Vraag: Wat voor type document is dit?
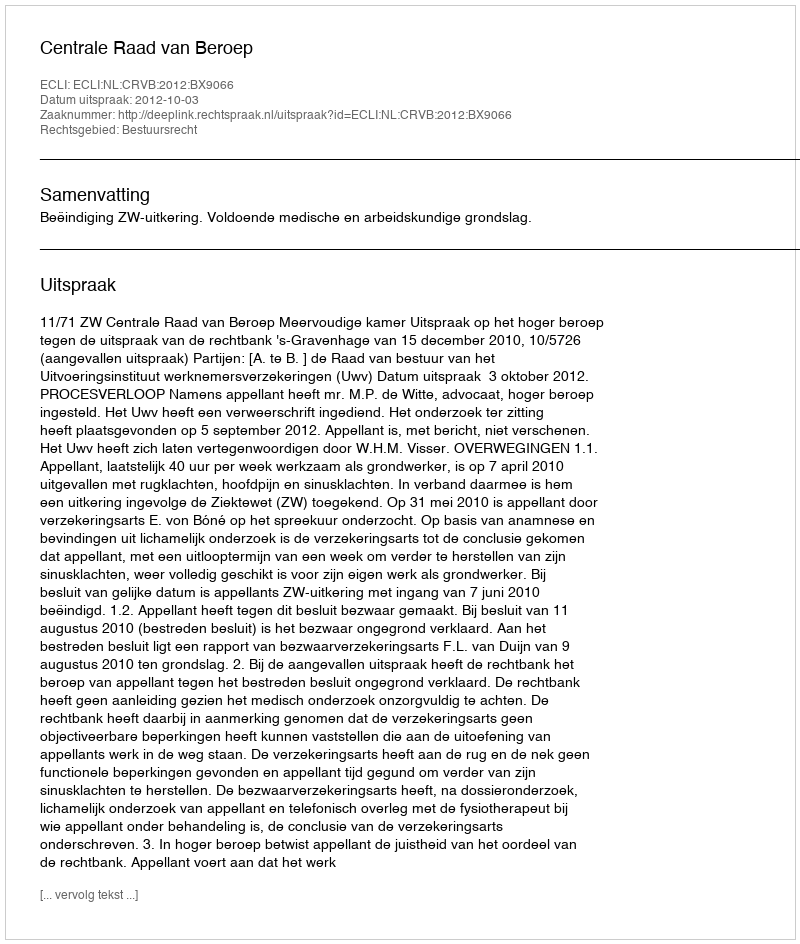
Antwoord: Uitspraak